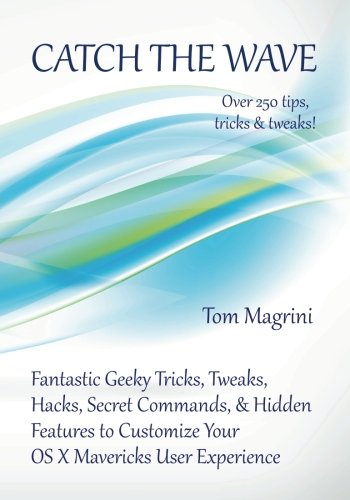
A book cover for Catch the Wave: Fantastic Geeky Tricks, Tweaks, Hacks, Secret Commands & Hidden Features to Customize Your OS X Mavericks User Experience; Tom Magrini; Computers & Technology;